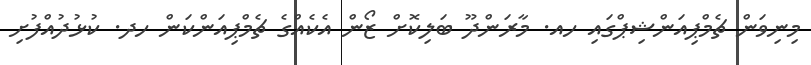
މިނިވަން ޗެމްޕިއަންޝިޕްގައި ހއ. މާރަންދޫ ބަލިކޮށް ޒޯން އެކެއްގެ ޗެމްޕިއަންކަން ހދ. ކުޅުދުއްފުށި